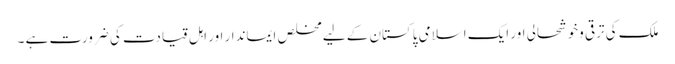
ملک کی ترقی وخوشحالی اور ایک اسلامی پاکستان کے لیے مخلص ایماندار اور اہل قیادت کی ضرورت ہے ۔